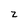
Character: z